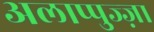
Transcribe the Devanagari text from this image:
अलाप्पुज्ज़ा